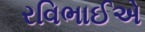
રવિભાઈએ